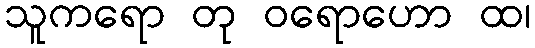
သူကရော တု ဝရောဟော ထ၊